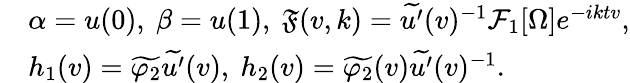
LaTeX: \begin{array}{rl}&{\alpha=u(0),\ \beta=u(1),\ \mathfrak{F}(v,k)=\widetilde{u^{\prime}}(v)^{-1}\mathcal{F}_{1}[\Omega]e^{-iktv},}\\ &{h_{1}(v)=\widetilde{\varphi_{2}}\widetilde{u^{\prime}}(v),\ h_{2}(v)=\widetilde{\varphi_{2}}(v)\widetilde{u^{\prime}}(v)^{-1}.}\end{array}